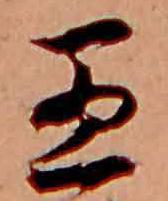
愚